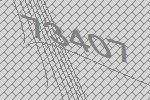
73407